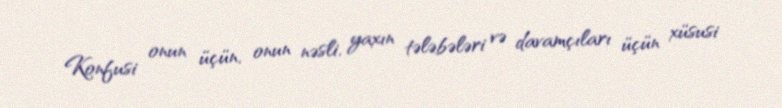
Konfusi onun üçün, onun nəsli, yaxın tələbələri və davamçıları üçün xüsusi